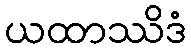
ယထာဿိဒံ